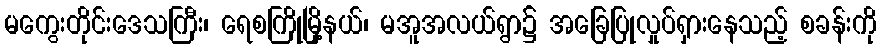
မကွေးတိုင်းဒေသကြီး၊ ရေစကြိုမြို့နယ်၊ မအူအလယ်ရွာ၌ အခြေပြုလှုပ်ရှားနေသည့် စခန်းကို